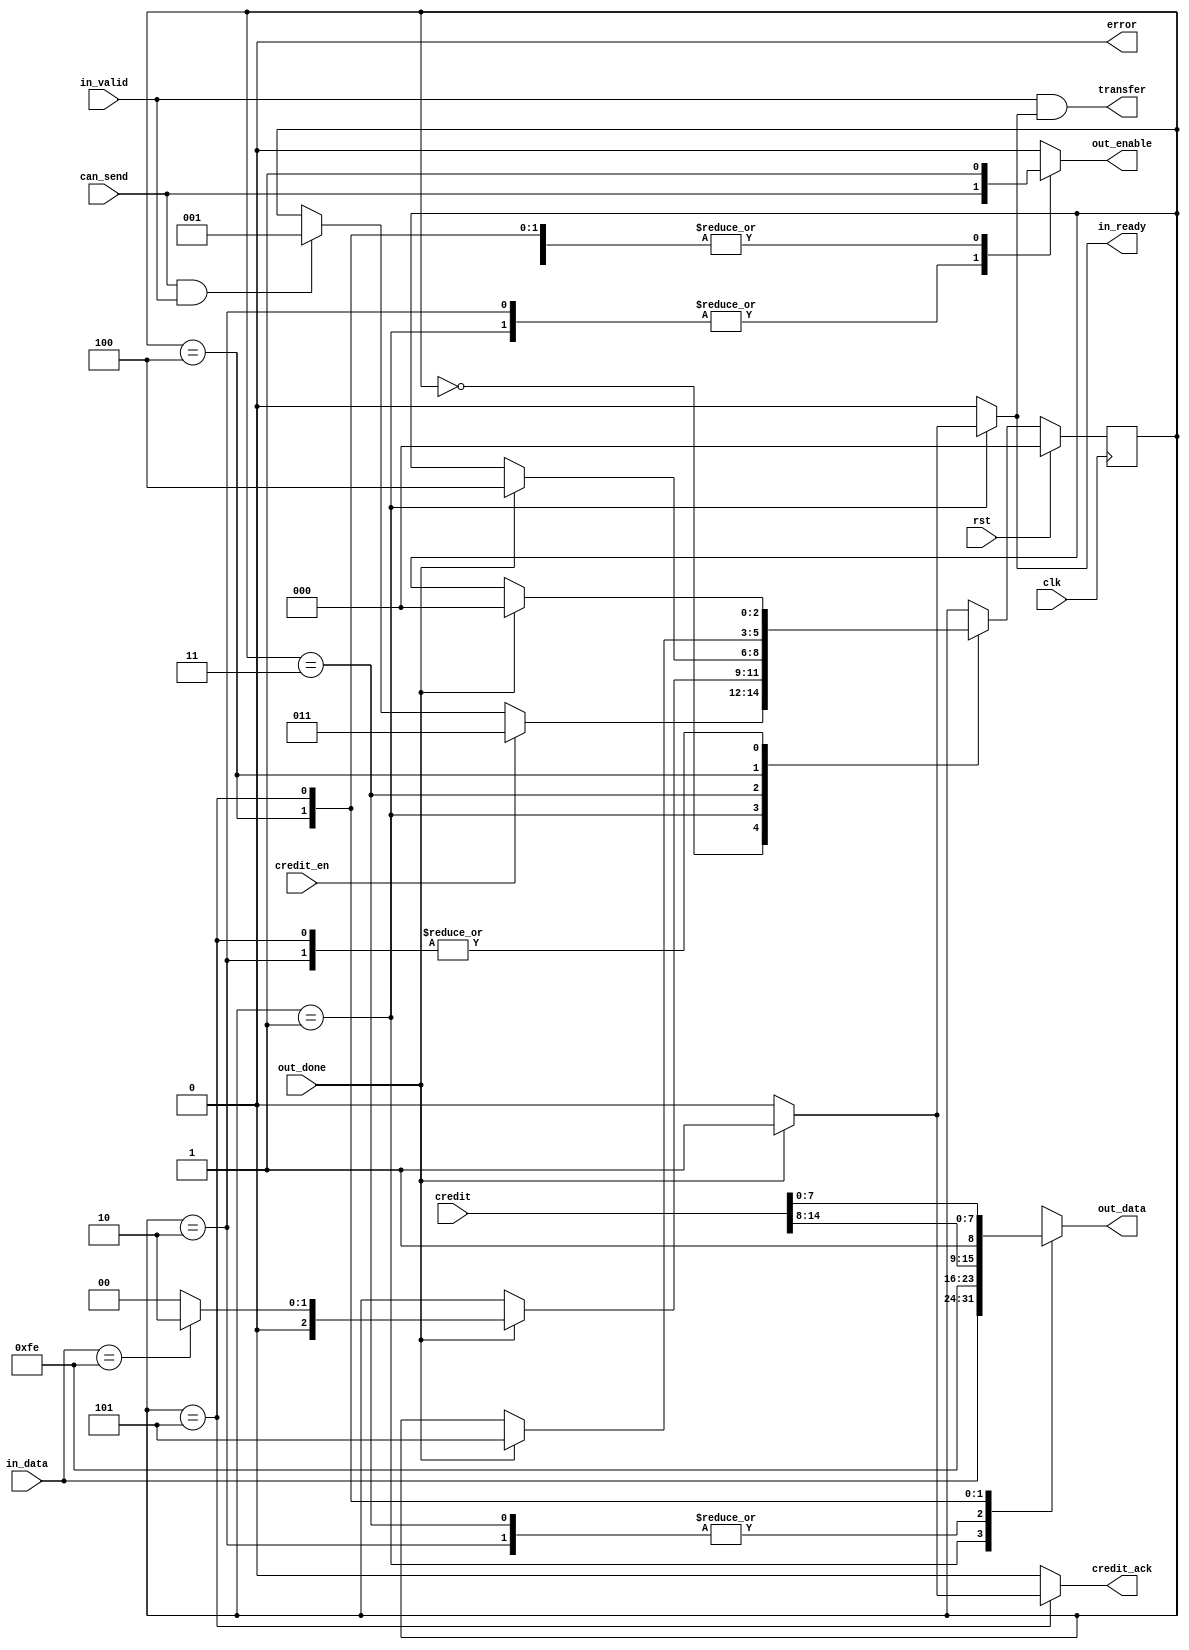
/* Copyright (c) 2016 by the author(s)
 *
 * Permission is hereby granted, free of charge, to any person obtaining a copy
 * of this software and associated documentation files (the "Software"), to deal
 * in the Software without restriction, including without limitation the rights
 * to use, copy, modify, merge, publish, distribute, sublicense, and/or sell
 * copies of the Software, and to permit persons to whom the Software is
 * furnished to do so, subject to the following conditions:
 *
 * The above copyright notice and this permission notice shall be included in
 * all copies or substantial portions of the Software.
 *
 * THE SOFTWARE IS PROVIDED "AS IS", WITHOUT WARRANTY OF ANY KIND, EXPRESS OR
 * IMPLIED, INCLUDING BUT NOT LIMITED TO THE WARRANTIES OF MERCHANTABILITY,
 * FITNESS FOR A PARTICULAR PURPOSE AND NONINFRINGEMENT. IN NO EVENT SHALL THE
 * AUTHORS OR COPYRIGHT HOLDERS BE LIABLE FOR ANY CLAIM, DAMAGES OR OTHER
 * LIABILITY, WHETHER IN AN ACTION OF CONTRACT, TORT OR OTHERWISE, ARISING FROM,
 * OUT OF OR IN CONNECTION WITH THE SOFTWARE OR THE USE OR OTHER DEALINGS IN
 * THE SOFTWARE.
 *
 * =============================================================================
 *
 * Egress path. Multiplexes the credit messages into the data stream.
 *
 * Author(s):
 *   Stefan Wallentowitz <stefan@wallentowitz.de>
 */

module glip_uart_control_egress
  (
   input            clk,
   input            rst,

   // FIFO interface input
   input [7:0]      in_data,
   input            in_valid,
   output reg       in_ready,

   // Interface to transmit module
   output reg [7:0] out_data,
   output reg       out_enable,
   input            out_done,

   // Sufficient credit to send data
   input            can_send,

   // A transfer is completed
   output           transfer,

   // Request to send a credit
   input [14:0]     credit,
   input            credit_en,
   output reg       credit_ack,

   // Error case
   output reg       error
   );

   // Only user transfers are counted
   assign transfer = in_valid & in_ready;

   localparam STATE_IDLE = 0;
   localparam STATE_PASSTHROUGH = 1;
   localparam STATE_PASSTHROUGH_REPEAT = 2;
   localparam STATE_SENDCREDIT1 = 3;
   localparam STATE_SENDCREDIT2 = 4;
   localparam STATE_SENDCREDIT3 = 5;
   
   reg [2:0]        state;
   reg [2:0]        nxt_state;

   // Sequential part of state machine
   always @(posedge clk) begin
      if (rst) begin
         state <= STATE_IDLE;
      end else begin
         state <= nxt_state;
      end
   end

   // Combinational part of state machine
   always @(*) begin
      // Registers
      nxt_state = state;

      // Default values
      in_ready = 1'b0;
      out_data = 8'hx;
      out_enable = 1'b0;

      credit_ack = 1'b0;

      error = 0;

      case (state)
        STATE_IDLE: begin
           if (credit_en) begin
              // Start credit request
              nxt_state = STATE_SENDCREDIT1;
           end else if (can_send & in_valid) begin
              // Tranfer a user word
              nxt_state = STATE_PASSTHROUGH;
           end
        end
        STATE_PASSTHROUGH: begin
           // Pass-through data and start transfer
           out_data = in_data;
           out_enable = can_send;
           if (out_done) begin
              // In this cycle the transfer completed
              // Acknowledge
              in_ready = 1'b1;
              if (in_data == 8'hfe) begin
                 // 0xfe needs to be replicated
                 nxt_state = STATE_PASSTHROUGH_REPEAT;
              end else begin
                 // Accept new word or send credit
                 nxt_state = STATE_IDLE;
              end
           end
        end
        STATE_PASSTHROUGH_REPEAT: begin
           // Plainly repeat the item
           out_data = 8'hfe;
           out_enable = can_send;
           if (out_done) begin
              nxt_state = STATE_IDLE;
           end
        end
        STATE_SENDCREDIT1: begin
           // Send control indicator first
           out_data = 8'hfe;
           out_enable = 1;
           if (out_done) begin
              nxt_state = STATE_SENDCREDIT2;
           end
        end
        STATE_SENDCREDIT2: begin
           // bit 0 differs from 0xfe, upper 7 bits are payload
           out_data = { credit[14:8], 1'b1 };
           out_enable = 1;
           if (out_done) begin
              nxt_state = STATE_SENDCREDIT3;
           end
        end
        STATE_SENDCREDIT3: begin
           // last word with the remain of the credit
           out_data = { credit[7:0] };
           out_enable = 1;
           if (out_done) begin
              nxt_state = STATE_IDLE;
              credit_ack = 1'b1;
           end
        end
      endcase
   end
endmodule // glip_uart_control_egress